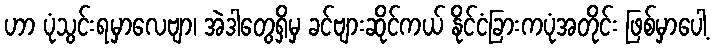
ဟာ ပုံသွင်းရမှာလေဗျာ၊ အဲဒါတွေရှိမှ ခင်ဗျားဆိုင်ကယ် နိုင်ငံခြားကပုံအတိုင်း ဖြစ်မှာပေါ့